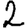
Digit: 2